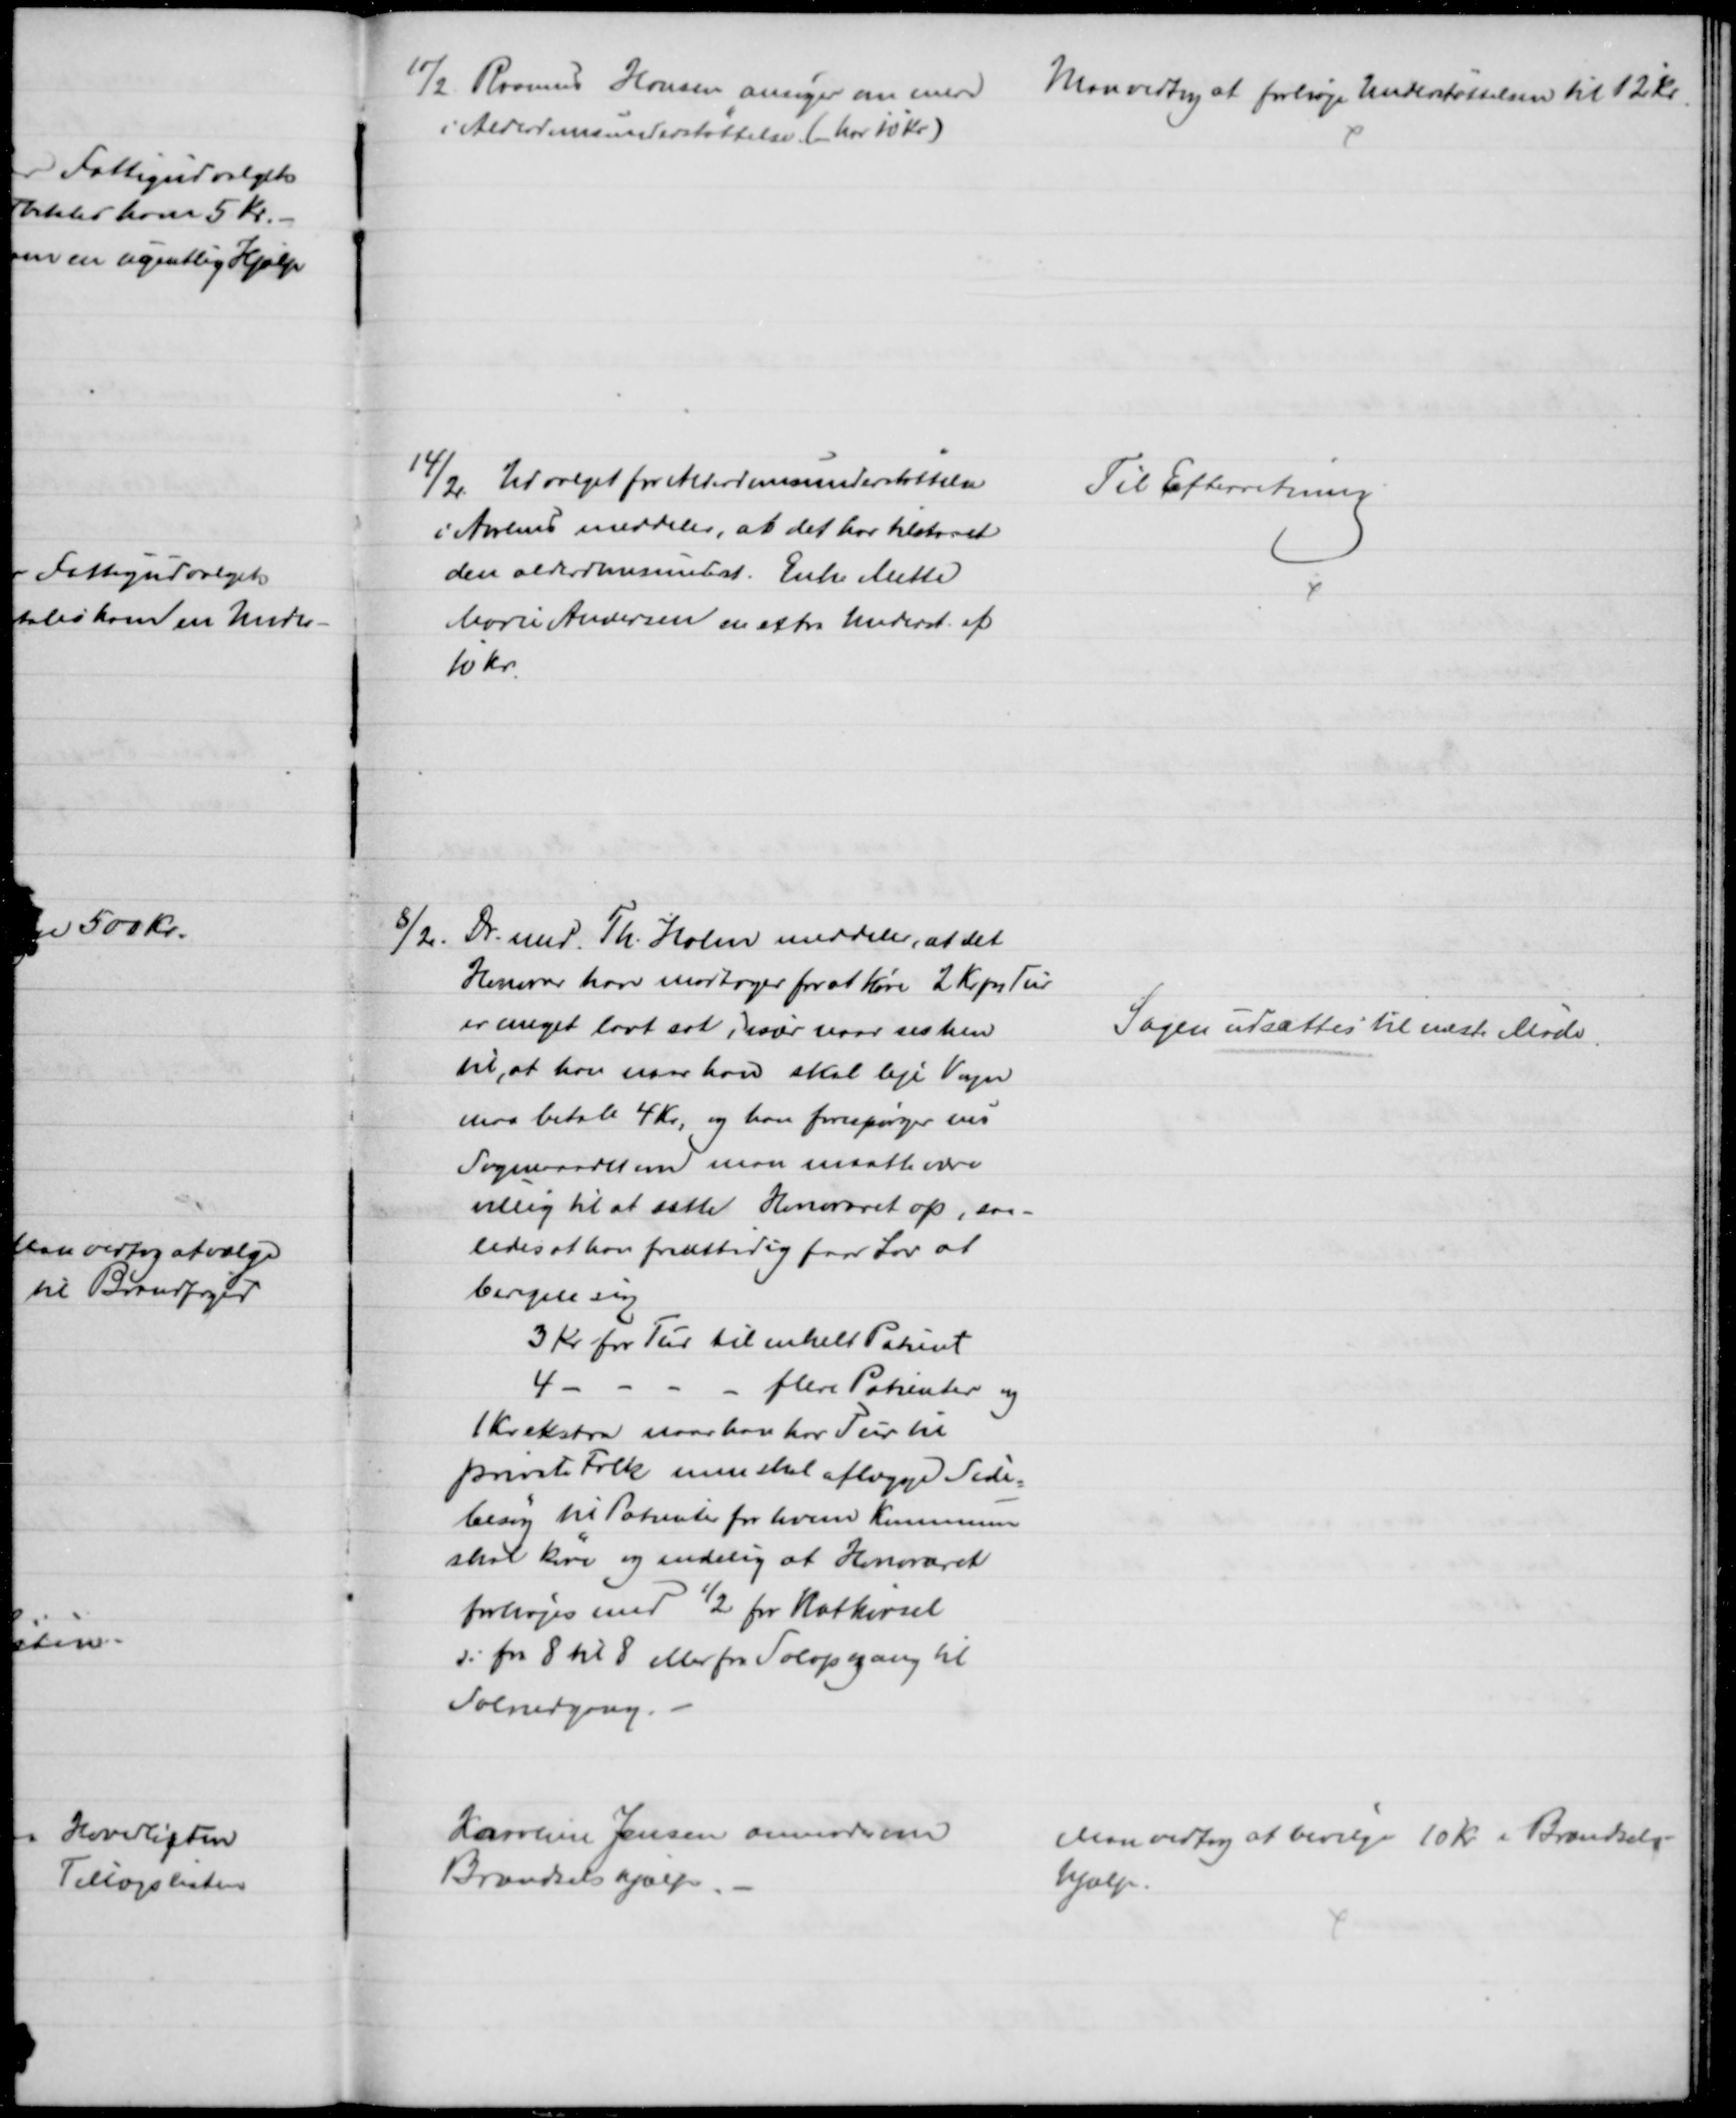
Transskription:
15/2 Rasmus Hansen ansøger om mere
i Alderdomsunderstøttelse (har 10 Kr)
Man vedtog at forhøje Understøttelsen til 12 Kr.
14/2. Udvalget for Alderdomsunderstøttelse
i Aarhus meddeler, at det har tilstaaet
den alderdomsundest. Enke Mette
Marie Andersen en extra Underst. af
10 kr.
Til Efterretning
8/2.
Dr. med. Th. Holm meddeler, at det
Honorar han modtager for at køre 2 Kr pr Tur
er meget lavt sat, især naar ses hen
til, at han naar han skal leje Vogn
maa betale 4 Kr, og han forespørger nu
Sogneraadet om man maatte være
villig til at sætte Honoraret op, saa-
ledes at han fremtidig faar Lov af
beregne sig
3 Kr for Tur til enkelt Patient
4
flere Patienter og
1 Kr ekstra naar han har Tur til
private Folk men skal aflægge Side-
besøg til Patienter for hvem Kommunen
skal køre og endelig at Honoraret
forhøjes med ½ for Natkørsel
d: fra 8 til 8 eller fra Solopgang til
Solnedgang.
Sagen udsættes til næste Møde.
Karoline Jensen anmoder om
Brændselshjælp.
Man vedtog at bevilge 10 Kr. i Brændsels-
hjælp.